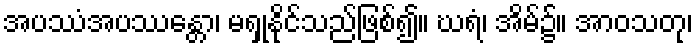
အပဿံအပဿန္တော၊ မရှုနိုင်သည်ဖြစ်၍။ ဃရံ၊ အိမ်၌။ အာဝသတု၊